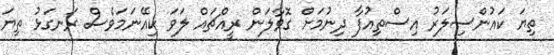
ތިޔަ ކައުންސިލަރު އިސްތިއުފާ ދިނުމަށް ގޮވާލަން ރީއްޗައް ލަވަ ކިއޭނަމަވެސް ރަނގަޅު ތިޔަ